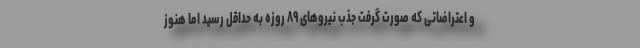
و اعتراضاتی که صورت گرفت جذب نیروهای ۸۹ روزه به حداقل رسید اما هنوز